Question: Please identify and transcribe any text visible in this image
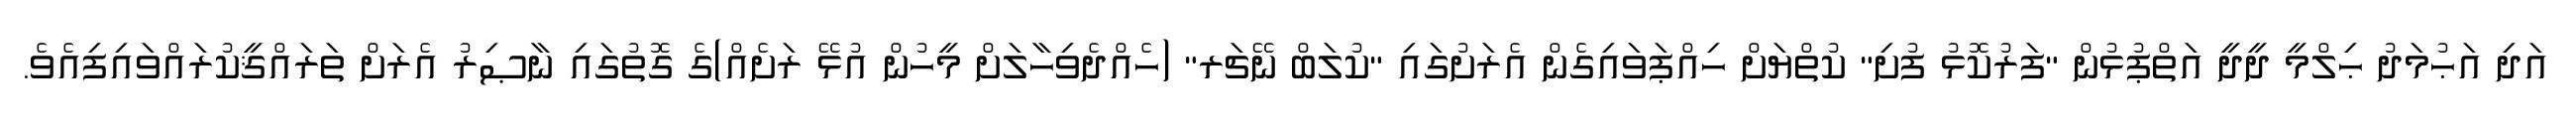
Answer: އަދި އަޙުމަދު ޙިލްމީ ދީދީ އަތްޕުޅުން "ފަރުކޮޅު ފުށި" ކުތްޔަށް ހިއްޕަވައިގެން އެރަށުގައި "ކުލަބް ނޭޗަރ" (ހެއްދެވިހާލަށް މީހުން އުޅޭ ރަށެއް)ގެ ގޮތުގައި ނާޞިރު އެރަށް ތަރައްޤީކުރައްވައިފިއެވެ.